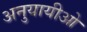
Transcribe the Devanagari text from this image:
अनुयायीओ